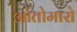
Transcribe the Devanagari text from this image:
ओतोमारो